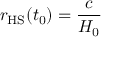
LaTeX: r _ { \mathrm { H S } } ( t _ { 0 } ) = { \frac { c } { H _ { 0 } } }